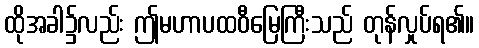
ထိုအခါ၌လည်း ဤမဟာပထဝီမြေကြီးသည် တုန်လှုပ်ရ၏။